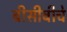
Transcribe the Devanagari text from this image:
बीसीबीचे